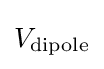
V_{\mathrm {dipole} }